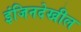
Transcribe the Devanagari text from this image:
इंजिनदेखील